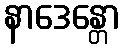
နာဒေန္တော